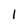
Character: I